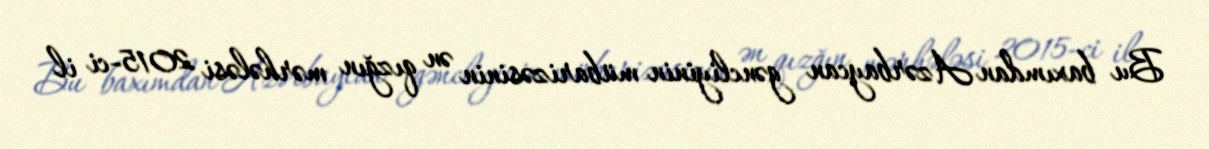
Bu baxımdan Azərbaycan gəncliyinin mübarizəsinin ən qızğın mərhələsi 2015-ci il